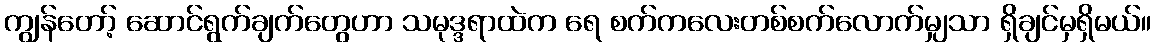
ကျွန်တော့် ဆောင်ရွက်ချက်တွေဟာ သမုဒ္ဒရာထဲက ရေ စက်ကလေးတစ်စက်လောက်မျှသာ ရှိချင်မှရှိမယ်။